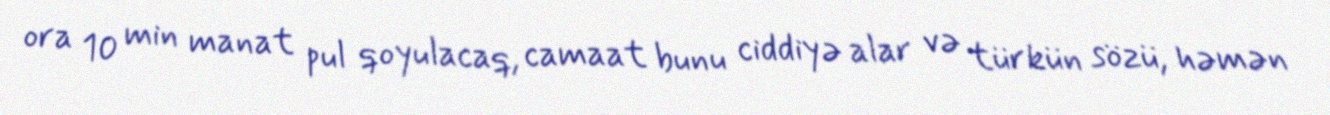
ora 10 min manat pul qoyulacaq, camaat bunu ciddiyə alar və türkün sözü, həmən